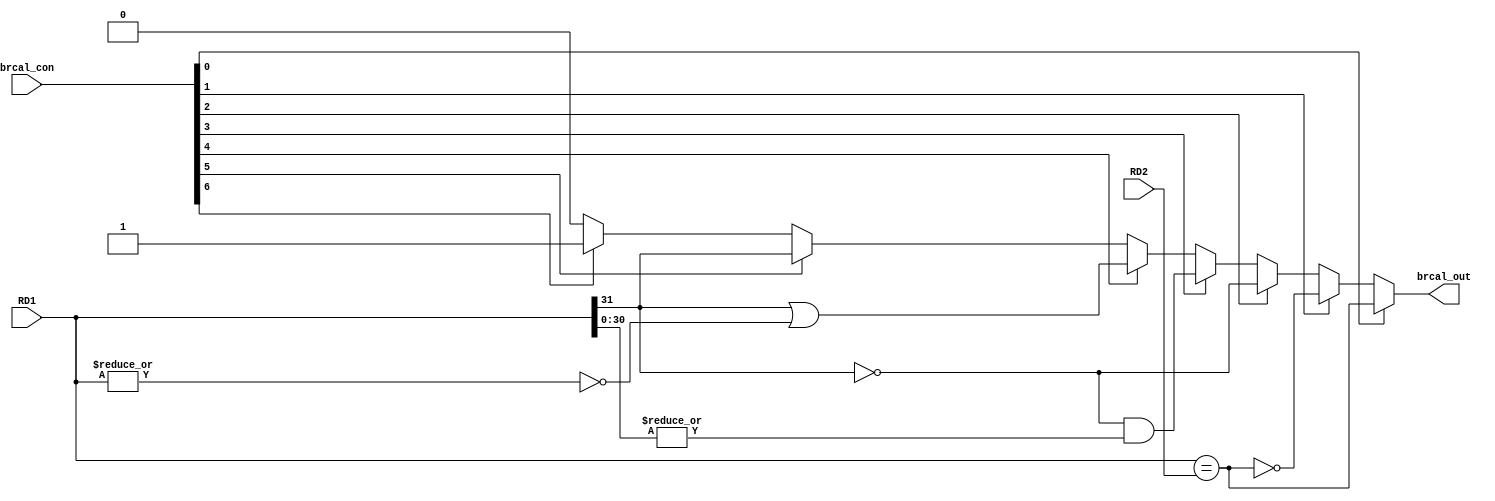
/*====================Ports Declaration====================*/
module brcal(
 	input wire [31:0] RD1, //
	input wire [31:0] RD2, //
	input wire [6:0] brcal_con, //control:--{0:E,1:NE,2:GE,3:GT,4:LE,5:LT,6:J}
	output wire brcal_out //control:--{0:,1:}
	);

/*====================Variable Declaration====================*/
wire beq_res; 
wire bne_res; 
wire bgez_res;
wire bgtz_res;
wire blez_res;
wire bltz_res;

/*====================Function Code====================*/
assign beq_res =  (RD1==RD2);
assign bne_res =  !beq_res;
assign bgez_res = !RD1[31];
assign bgtz_res = bgez_res&&(|(RD1[30:0]));
assign bltz_res = RD1[31];
assign blez_res = RD1[31]||(!(|RD1));
assign brcal_out = 	brcal_con[0] ? beq_res:
				    brcal_con[1] ? bne_res:
	 				brcal_con[2] ? bgez_res:			
 					brcal_con[3] ? bgtz_res:
					brcal_con[4] ? blez_res: 
					brcal_con[5] ? bltz_res:
					brcal_con[6] ? 1'b1:1'b0;
endmodule